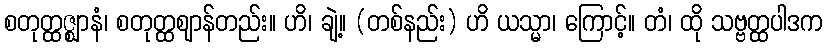
စတုတ္ထဇ္ဈာနံ၊ စတုတ္ထဈာန်တည်း။ ဟိ၊ ချဲ့။ (တစ်နည်း) ဟိ ယသ္မာ၊ ကြောင့်။ တံ၊ ထို သဗ္ဗတ္ထပါဒက